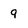
Character: 9